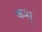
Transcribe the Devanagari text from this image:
कशु